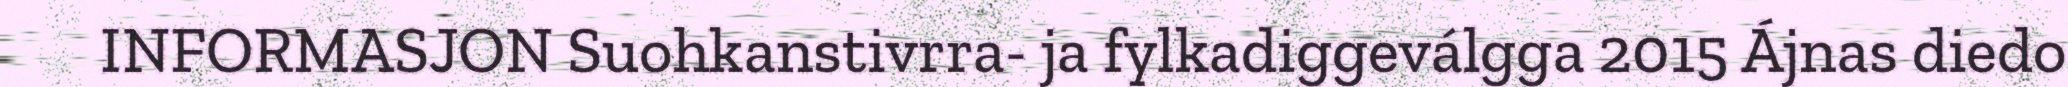
INFORMASJON Suohkanstivrra- ja fylkadiggeválgga 2015 Ájnas diedo